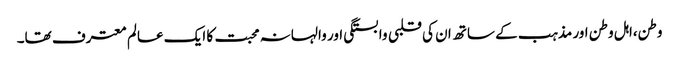
وطن،اہل وطن اور مذہب کے ساتھ ان کی قلبی وابستگی اور والہانہ محبت کا ایک عالم معترف تھا۔